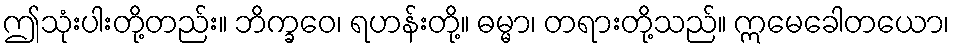
ဤသုံးပါးတို့တည်း။ ဘိက္ခဝေ၊ ရဟန်းတို့။ ဓမ္မာ၊ တရားတို့သည်။ ဣမေခေါတယော၊